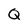
Character: Q